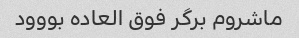
ماشروم برگر فوق العاده بووود